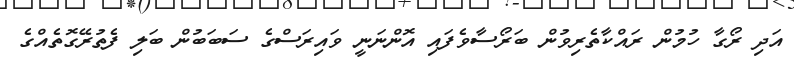
އަދި ރޯގާ ހުމުން ރައްކާތެރިވުން ބަރޯސާވެފައި އޮންނަނީ ވައިރަސްގެ ސަބަބުން ބަލި ފެތުރޭގޮތެއްގެ